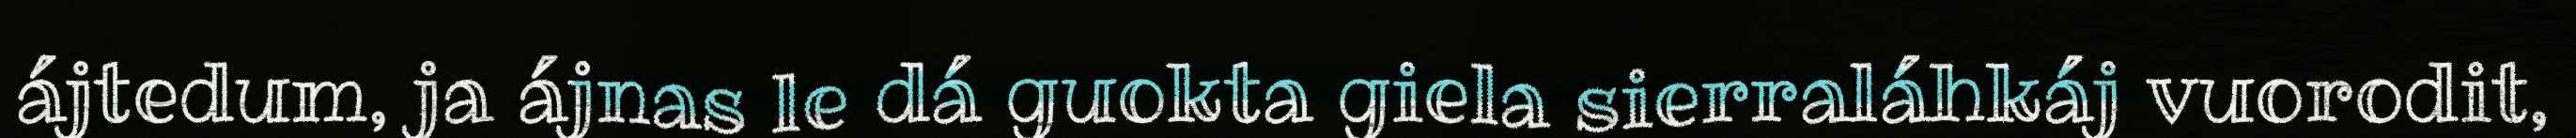
ájtedum, ja ájnas le dá guokta giela sierraláhkáj vuorodit,